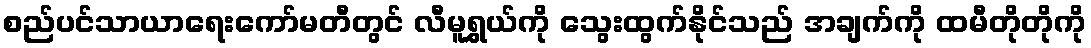
စည်ပင်သာယာရေးကော်မတီတွင် လီမူရွှယ်ကို သွေးထွက်နိုင်သည် အချက်ကို ထမီတိုတိုကို